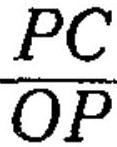
\frac{PC}{OP}